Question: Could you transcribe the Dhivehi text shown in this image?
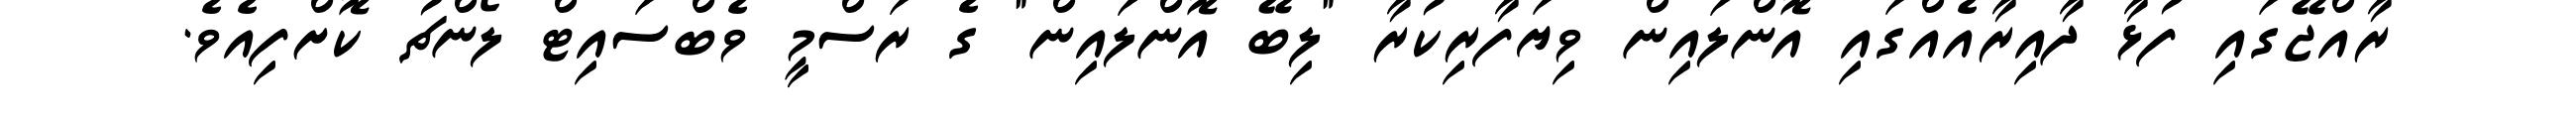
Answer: ރާއްޖޭގައި ފުޅާ ދާއިރާއެއްގައި އޮންލައިން ވިޔަފާރިކުރާ "ލިބޭ އޮންލައިން" ގެ ރަސްމީ ވެބްސައިޓް ލޯންޗު ކޮށްފިއެވެ.